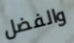
والفضل